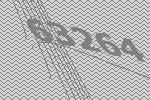
63264